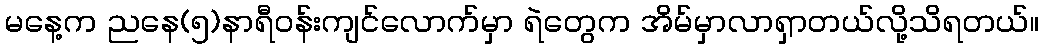
မနေ့က ညနေ(၅)နာရီဝန်းကျင်လောက်မှာ ရဲတွေက အိမ်မှာလာရှာတယ်လို့သိရတယ်။